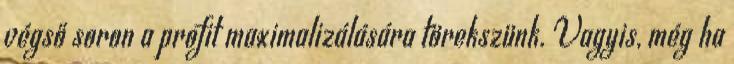
végső soron a profit maximalizálására törekszünk. Vagyis, még ha